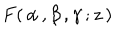
\: F ( \, \alpha \, , \beta \, , \gamma \, ; z \, ) \: